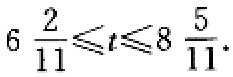
$6\frac{2}{11}\leqslant t\leqslant 8\frac{5}{11}$